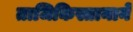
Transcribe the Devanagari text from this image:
ताजिकिस्तानाने